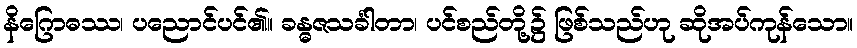
နိဂြောဓဿ၊ ပညောင်ပင်၏။ ခန္ဓဇသင်္ခါတာ၊ ပင်စည်တို့၌ ဖြစ်သည်ဟု ဆိုအပ်ကုန်သော။